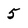
Character: 5